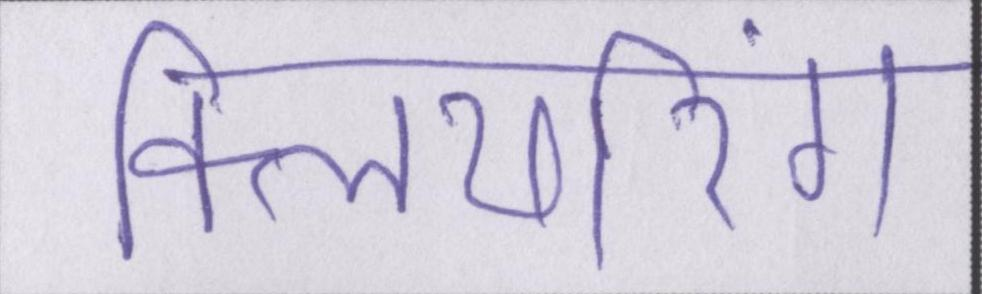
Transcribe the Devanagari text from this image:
क्लियरिंग